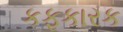
કફકારક